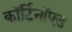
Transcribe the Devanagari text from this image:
कॉर्टिनॉएड